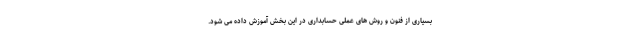
بسیاری از فنون و روش های عملی حسابداری در این بخش آموزش داده می شود.